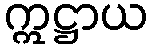
ဣဋ္ဌာယ